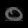
Digit: ၀